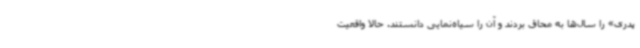
پدری» را سال‌ها به محاق بردند و آن را سیاه‌نمایی دانستند. حالا واقعیت